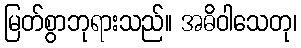
မြတ်စွာဘုရားသည်။ အဓိဝါသေတု၊